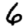
Digit: 6